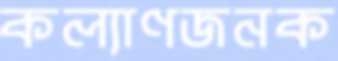
কল্যাণজনক